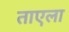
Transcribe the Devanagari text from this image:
ताएला